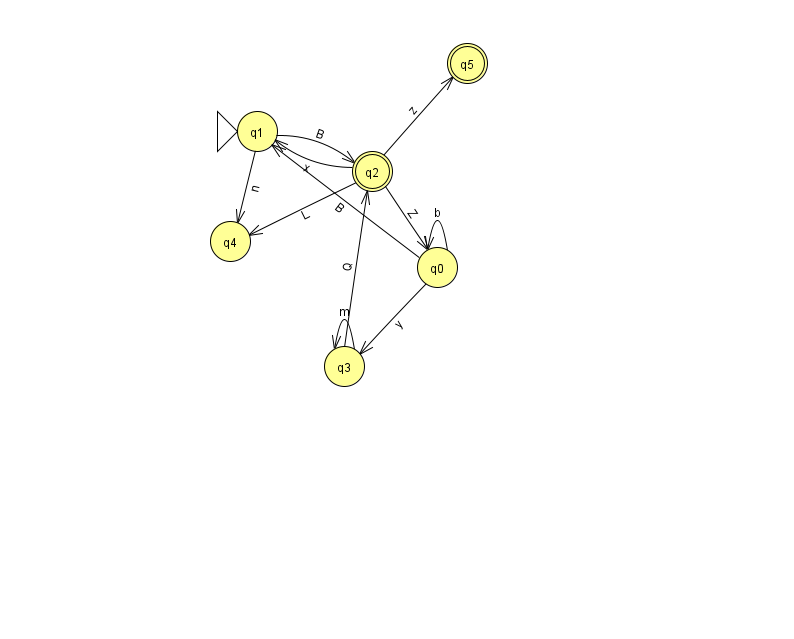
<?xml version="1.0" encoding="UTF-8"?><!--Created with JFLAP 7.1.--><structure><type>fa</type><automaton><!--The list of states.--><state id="0" name="q0"><x>437.0</x><y>254.0</y></state><state id="1" name="q1"><x>257.0</x><y>118.0</y><initial/></state><state id="2" name="q2"><x>372.0</x><y>158.0</y><final/></state><state id="3" name="q3"><x>344.0</x><y>353.0</y></state><state id="4" name="q4"><x>230.0</x><y>228.0</y></state><state id="5" name="q5"><x>467.0</x><y>50.0</y><final/></state><!--The list of transitions.--><transition><from>0</from><to>3</to><read>y</read></transition><transition><from>1</from><to>4</to><read>n</read></transition><transition><from>0</from><to>0</to><read>b</read></transition><transition><from>2</from><to>4</to><read>L</read></transition><transition><from>1</from><to>2</to><read>B</read></transition><transition><from>0</from><to>1</to><read>B</read></transition><transition><from>2</from><to>5</to><read>z</read></transition><transition><from>2</from><to>0</to><read>Z</read></transition><transition><from>3</from><to>2</to><read>Q</read></transition><transition><from>3</from><to>3</to><read>m</read></transition><transition><from>2</from><to>1</to><read>x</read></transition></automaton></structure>